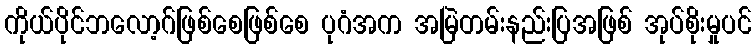
ကိုယ်ပိုင်ဘလော့ဂ်ဖြစ်စေဖြစ်စေ ပုဂံအက အမြဲတမ်းနည်းပြအဖြစ် အုပ်စိုးမှုပင်